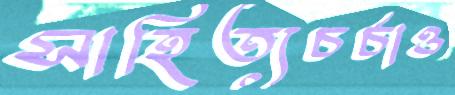
সাহিত্যচর্চাও